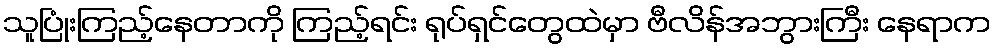
သူပြုံးကြည့်နေတာကို ကြည့်ရင်း ရုပ်ရှင်တွေထဲမှာ ဗီလိန်အဘွားကြီး နေရာက